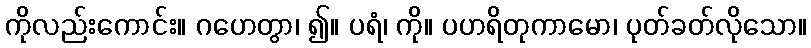
ကိုလည်းကောင်း။ ဂဟေတွာ၊ ၍။ ပရံ၊ ကို။ ပဟရိတုကာမော၊ ပုတ်ခတ်လိုသော။